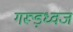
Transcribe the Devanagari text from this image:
गरूड़ध्वज